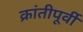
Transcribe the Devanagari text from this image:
क्रांतीपूर्वी